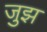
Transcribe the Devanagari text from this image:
जुझ